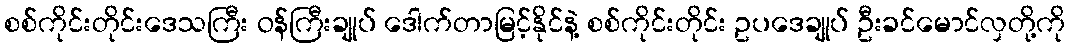
စစ်ကိုင်းတိုင်းဒေသကြီး ဝန်ကြီးချုပ် ဒေါက်တာမြင့်နိုင်နဲ့ စစ်ကိုင်းတိုင်း ဥပဒေချုပ် ဦးခင်မောင်လှတို့ကို